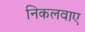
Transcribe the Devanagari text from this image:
निकलवाए